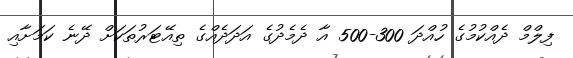
ފިލްމް ދެއްކުމުގެ ހުއްދަ 300-500 އާ ދެމެދުގެ އަދަދެއްގެ ތިއޭޓަރުތަކަށް ދޭނެ ކަމަށާއި